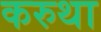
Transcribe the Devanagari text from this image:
करुथा